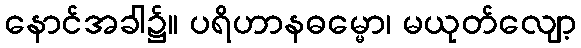
နောင်အခါ၌။ ပရိဟာနဓမ္မော၊ မယုတ်လျော့